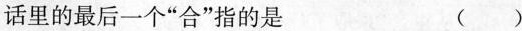
话里的最后一个”合”指的是 ()